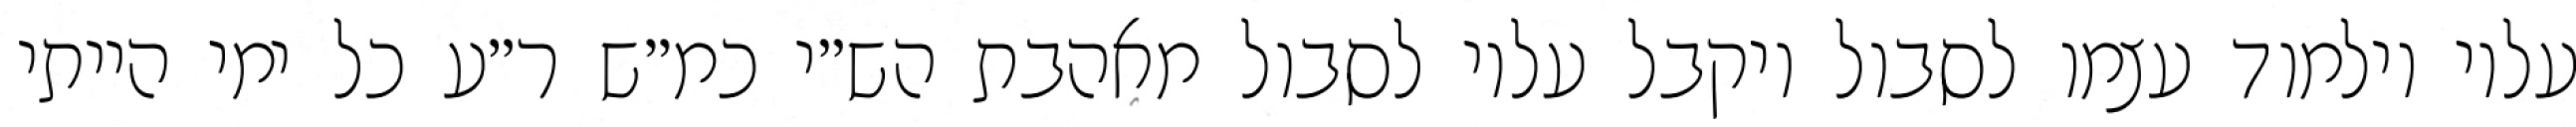
עליו וילמוד עצמו לסבול ויקבל עליו לסבול מאהבת הש״י כמ״ש ר״ע כל ימי הייתי